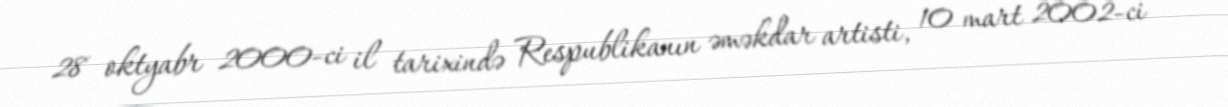
28 oktyabr 2000-ci il tarixində Respublikanın əməkdar artisti, 10 mart 2002-ci